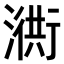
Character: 𣽣